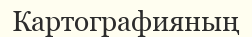
Картографияның